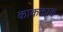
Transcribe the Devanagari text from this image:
काककाक